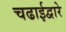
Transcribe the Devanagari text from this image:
चढाईद्वारे